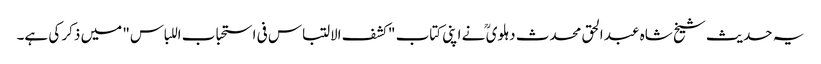
یہ حدیث شیخ شاہ عبد الحق محدث دہلوی ؒ نے اپنی کتاب "کشف الالتباس فی استحباب اللباس" میں ذکر کی ہے۔